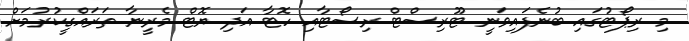
މި ރިޕޯޓުގައި ބުނެފައިވަނީ ޓޫރިސްޓް ރިސޯޓާއި ހޮޓާ އަދި ޔޮޓް މެރީނާ ތަރައްގީކުރުމަށް